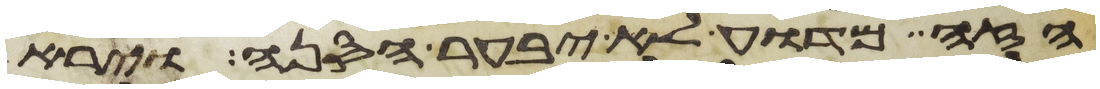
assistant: הזה מדוע לא יבער הסנה וירא